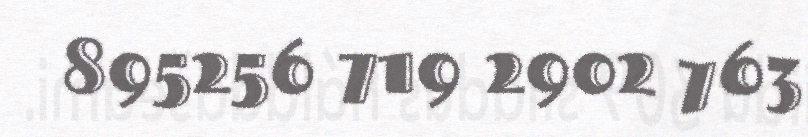
895256 719 2902 763